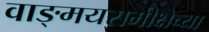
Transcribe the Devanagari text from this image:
वाङ्‌मयसमीक्षेच्या